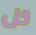
كل